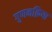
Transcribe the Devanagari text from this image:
गुणनक्रिया